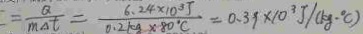
= \frac { Q } { m \Delta t } = \frac { 6 . 2 4 \times 1 0 ^ { 3 } J } { 0 . 2 k g \times 8 0 ^ { 3 } C } = 0 . 3 9 \times 1 0 ^ { 3 } J / ( k g \cdot ^ { \circ } C )